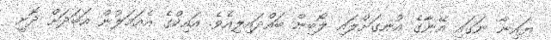
ޔައިނާ ނަގައި އޭނާގެ އުނގަށްލައި ލޯބިން ބައްދައިލިއެވެ. އައިކްގެ އެއަމަލުން އަބަދަށް ދޮށީ